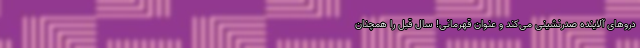
دروهای آلاینده صدرنشینی می‌کند و عنوان قهرمانی! سال قبل را همچنان